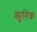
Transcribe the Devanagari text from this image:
क्युनिक